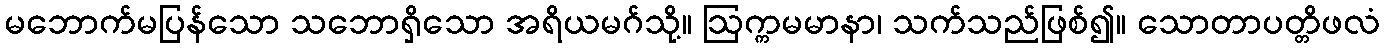
မဘောက်မပြန်သော သဘောရှိသော အရိယမဂ်သို့။ ဩက္ကမမာနာ၊ သက်သည်ဖြစ်၍။ သောတာပတ္တိဖလံ